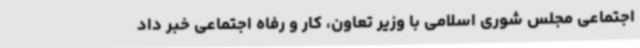
اجتماعی مجلس شوری اسلامی با وزیر تعاون، کار و رفاه اجتماعی خبر داد